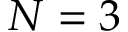
N = 3